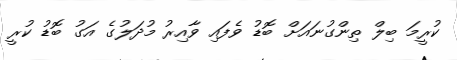
ކުރީމަ ބިލް ތިންގުނައަށް ބޮޑު ވެފައި ވާއިރު މުދަލުގެ އަގު ބޮޑު ކުރީ